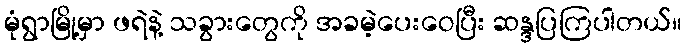
မုံရွာမြို့မှာ ဖရဲနဲ့ သခွားတွေကို အခမဲ့ပေးဝေပြီး ဆန္ဒပြကြပါတယ်။